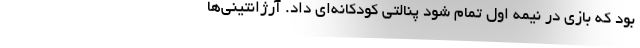
بود که بازی در نیمه اول تمام شود پنالتی کودکانه‌ای داد. آرژانتینی‌ها